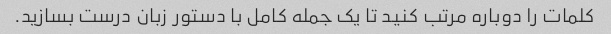
کلمات را دوباره مرتب کنید تا یک جمله کامل با دستور زبان درست بسازید.